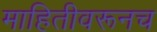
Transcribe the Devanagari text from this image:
माहितीवरूनच